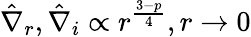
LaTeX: \hat{\nabla}_{r},\hat{\nabla}_{i}\propto r^{\frac{3-p}{4}},r\rightarrow 0